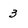
Character: 3